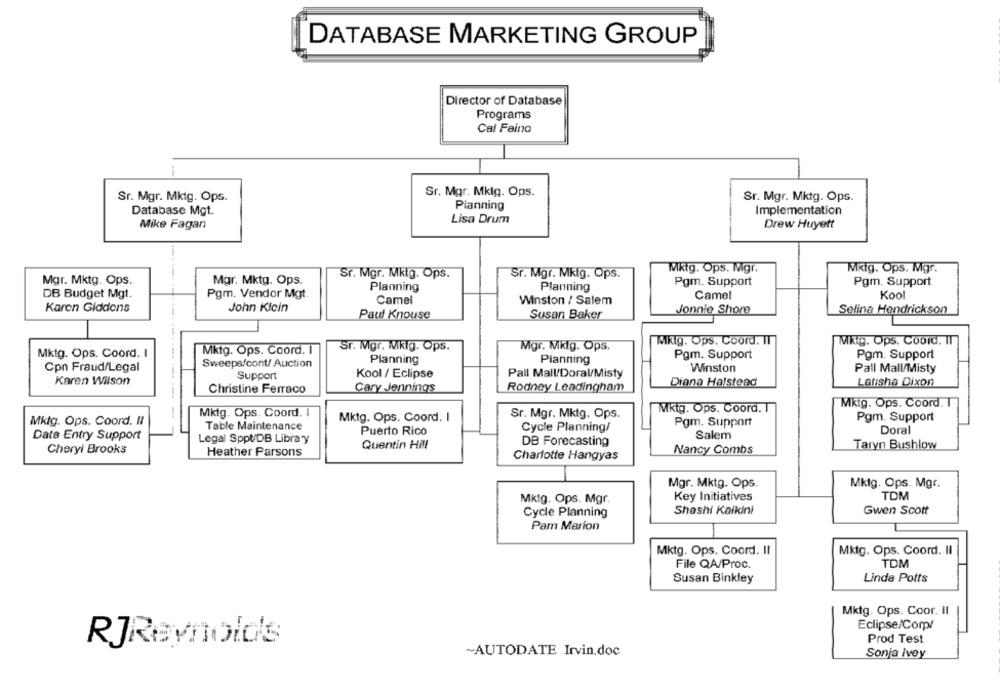
DATABASE MARKETING GROUP
Director of Database
Programs
Cal Faino
Sr. Mgr. Mklg. Ops.
Sr. Mgr. Mktg. Ops.
Sr. Mgr. Mktg. Ops.
Planning
Database Mgt.
Implementation
Lisa Drum
Mike Fagan
Drew Huyett
Mktg. Ops. Mgr.
Mkig. Ops. Mgr.
Sr. Mgr. Mktg. Ops.
Sr. Mgr. Mkig. Ops.
Mgr. Mktg. Ops.
Mgr. Mktg. Ops.
Pgm. Support
Pgm. Support
Planning
Planning
DB Budget Mgt.
Pgm. Vendor Mgt.
Camel
Kool
Camel
Winston / Salem
Karen Giddens
John Klein
Jonnie Shore
Selina Hendrickson
Paul Knouse
Susan Baker
Mktg. Ops. Coord. IT
Mktg. Ops. Coord. Il
Mktg. Ops. Coord. I
Sr. Mgr. Mikig. Ops.
Mgr. Mkig. Ops.
Mktg. Ops. Coord. I
Planning
Pgm. Support
Pgm. Support
Sweeps/cont/ Auction
Planning
Cpn Fraud/Legal
Kool / Eclipse
Pall Mall/Doral/Misty
Winston
Pall Mall/Misty
Karen Wilson
Support
Cary Jennings
Rodney Leadingham
Diana Halstead
Latisha Dixon
Christine Ferraco
Mkig. Ops. Coord.
Mktg. Ops. Coord. I
Sr. Mgr. Mktg. Ops.
Mktg. Ops. Coord. T
Mktg. Ops. Coord. I
Mktg. Ops. Coord. I
Pgm. Support
Table Maintenance
Cycle Planning/
Pgm. Support
Puerto Rico
Salem
Doral
Data Entry Support
Legal Sppł/DB Library
DB Forecasting
Cheryl Brooks
Quentin Hill
Nancy Combs
Taryn Bushlow
Heather Parsons
Charlotte Hangyas
Mgr. Mktg. Ops.
Mktg. Ops. Mgr.
Key Initiatives
TDM
Mktg. Ops. Mgr.
Shashi Kaikini
Gwen Scott
Cycle Planning
Pam Marion
Mktg. Ops. Coord. Il
Mktg. Ops. Coord. Il
File QA/Proc.
TDM
Susan Binkley
Linda Potts
Mktg. Ops. Coor. Il
Eclipse/Corp/
RJReynolds
Prod Test
~AUTODATE Irvin.doc
Sonja Ivey